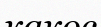
какос